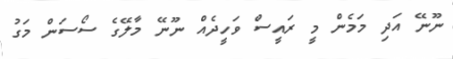
ނޫނޭ އަދި މަމެން މީ ރައީސް ވަހީދެއް ނޫނޭ މާލޭގެ ސޯސަން މަގު